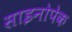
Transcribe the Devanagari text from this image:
साइनोपेक